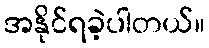
အနိုင်ရခဲ့ပါတယ်။